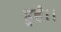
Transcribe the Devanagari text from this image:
हुईं।।